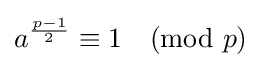
a^{\frac {p-1}{2}}\equiv 1{\pmod {p}}